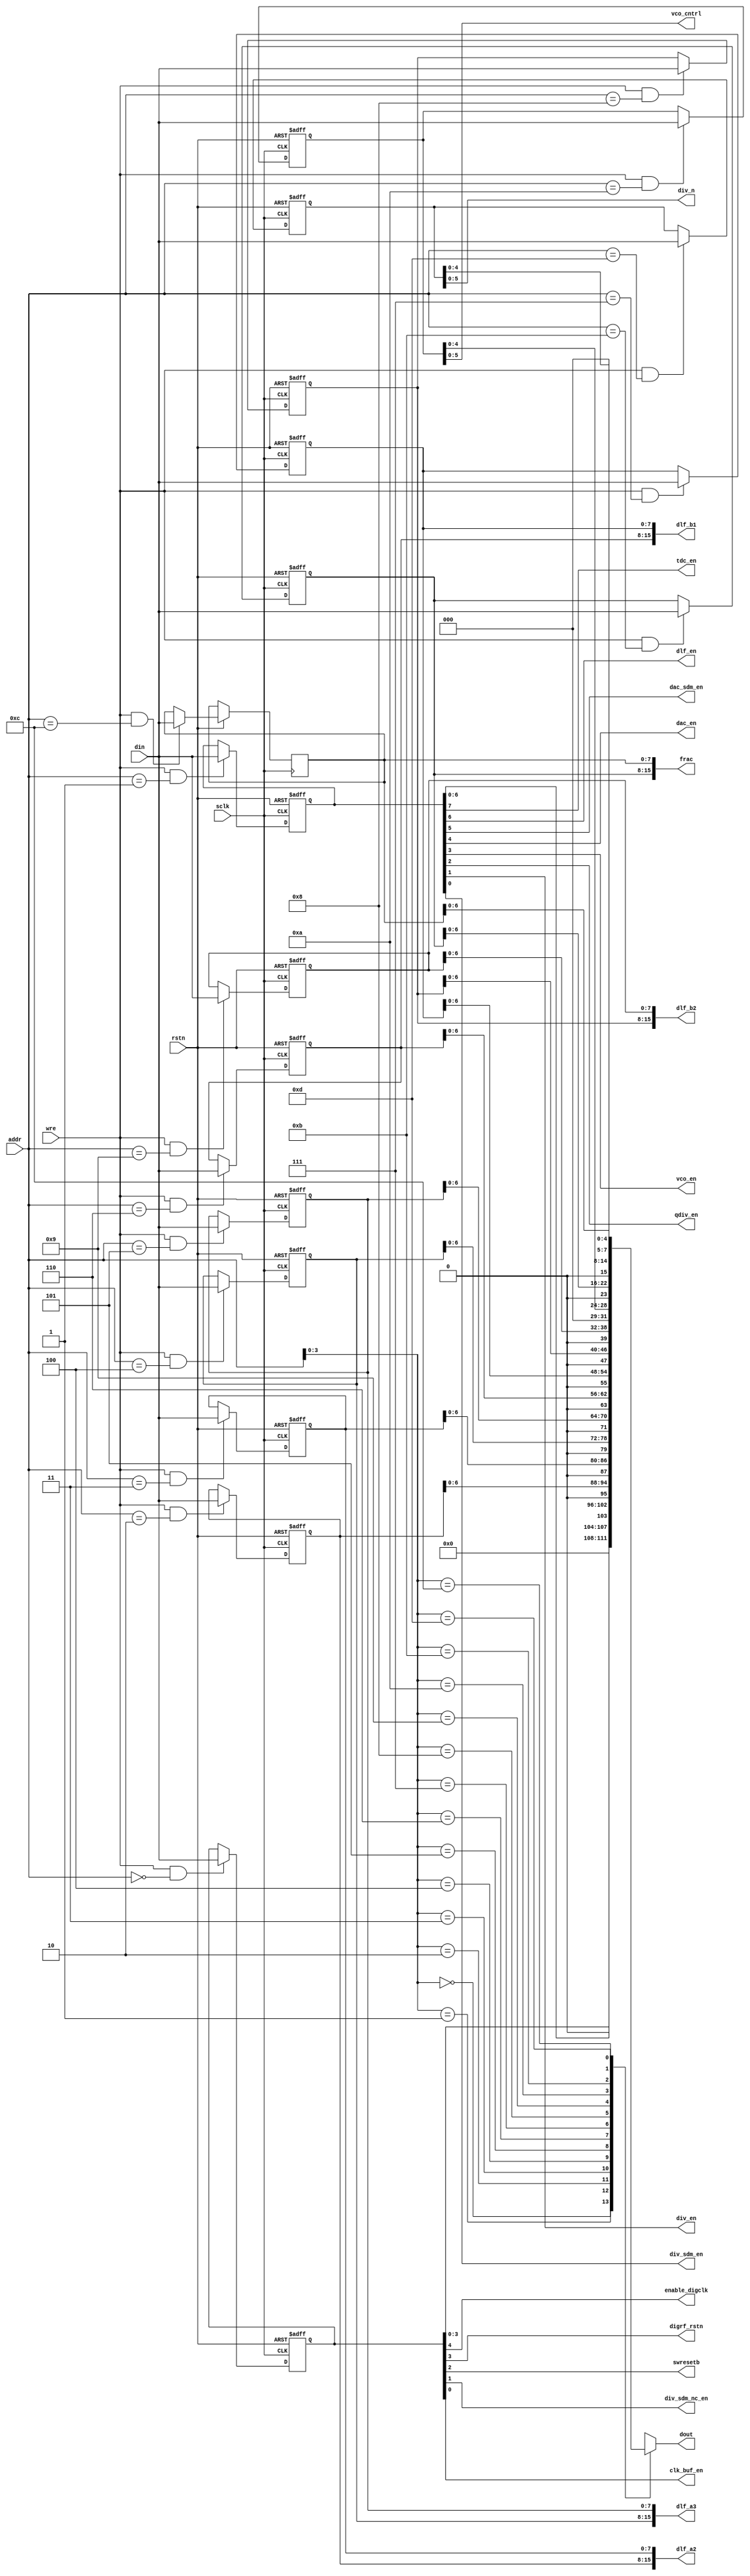
//                              -*- Mode: Verilog -*-
// Description     : register file
// Last Modified By: amr
// Update Count    : 0
// Status          : Unknown, Use with caution!

module regfile (/*AUTOARG*/
   // Outputs
   dout, enable_digclk, digrf_rstn, swresetb, div_sdm_nc_en,
   clk_buf_en, tdc_en, dlf_en, dac_sdm_en, dac_en, vco_en, qdiv_en,
   div_en, div_sdm_en, dlf_a2, dlf_a3, dlf_b1, dlf_b2, vco_cntrl,
   frac, div_n,
   // Inputs
   wre, sclk, rstn, addr, din
   ) ;
   input wre;
   input sclk;
   input rstn;
   input [7:0] addr;
   input [7:0] din;
   output [7:0] dout;   
   output      enable_digclk;
   output      digrf_rstn;
   output      swresetb;
   output      div_sdm_nc_en;
   output      clk_buf_en;
   output      tdc_en;
   output      dlf_en;
   output      dac_sdm_en;
   output      dac_en; 
   output      vco_en;   
   output      qdiv_en;
   output      div_en;
   output      div_sdm_en;
   output [15:0] dlf_a2;
   output [15:0] dlf_a3;
   output [15:0] dlf_b1;
   output [15:0] dlf_b2;
   output [5:0]  vco_cntrl;
   output [15:0] frac;
   output [5:0]  div_n;
   
 
   parameter regcount = 14;   
   parameter dflt_r0  = 8'h00;
   parameter dflt_r1  = 8'h00;
   parameter dflt_r2  = 8'h00;
   parameter dflt_r3  = 8'h00;
   parameter dflt_r4  = 8'h00;
   parameter dflt_r5  = 8'h00;
   parameter dflt_r6  = 8'h00;
   parameter dflt_r7  = 8'h00;
   parameter dflt_r8  = 8'h00;
   parameter dflt_r9  = 8'h00;
   parameter dflt_r10 = 8'h00;
   parameter dflt_r11 = 8'h00;
   parameter dflt_r12 = 8'h00;
   parameter dflt_r13 = 8'h00;
   
   reg [7:0] 	 regbank [13:0];
   wire [7:0] 	 dout_s [13:0];   
   wire [7:0] 	 dout_msk_s [13:0];

   //////////////////////
   //    Begin Body     /
   //////////////////////
   
   assign dout_msk_s[0]  = 8'b0001111;
   assign dout_msk_s[1]  = 8'b1111111;
   assign dout_msk_s[2]  = 8'b1111111;
   assign dout_msk_s[3]  = 8'b1111111;
   assign dout_msk_s[4]  = 8'b1111111;
   assign dout_msk_s[5]  = 8'b1111111;
   assign dout_msk_s[6]  = 8'b1111111;
   assign dout_msk_s[7]  = 8'b1111111;
   assign dout_msk_s[8]  = 8'b1111111;
   assign dout_msk_s[9]  = 8'b1111111;
   assign dout_msk_s[10] = 8'b0011111;
   assign dout_msk_s[11] = 8'b1111111;
   assign dout_msk_s[12] = 8'b1111111;
   assign dout_msk_s[13] = 8'b0011111;   
   

   genvar 	 i,j;
   generate
      for (i=0; i<regcount; i=i+1) begin : outer
	 for (j=0; j<8; j=j+1) begin : inner
	    assign dout_s[i][j] = (dout_msk_s[i][j] ==1'b1) ? regbank[i][j] : 1'b0;	    
	 end
      end
   endgenerate
   

   assign dout = dout_s[addr];
   
   
   integer ii;   
   always @(negedge sclk or negedge rstn) begin
      if (rstn==1'b0) begin
	 regbank[0] <= dflt_r0;
	 regbank[1] <= dflt_r1;
	 regbank[2] <= dflt_r2;
	 regbank[3] <= dflt_r3;
	 regbank[4] <= dflt_r4;
	 regbank[5] <= dflt_r5;
	 regbank[6] <= dflt_r6;
	 regbank[7] <= dflt_r7;
	 regbank[8] <= dflt_r8;
	 regbank[9] <= dflt_r9;
	 regbank[10] <= dflt_r10;
	 regbank[11] <= dflt_r11;
	 regbank[13] <= dflt_r13;	 
      end
      else begin
	 for (ii=0; ii<regcount; ii=ii+1) begin
	    if (wre==1'b1 && addr==ii) begin
	       regbank[ii] <= din;	       
	    end
	 end
      end // else: !if(rstn==1'b0)      
   end // always @ (posedge sclk or negedge rstn)
   
   
   assign enable_digclk = regbank[0][4];
   assign digrf_rstn = regbank[0][3];
   assign swresetb = regbank[0][2];
   assign div_sdm_nc_en = regbank[0][1];
   assign clk_buf_en = regbank[0][0];

   assign tdc_en     = regbank[1][7];
   assign dlf_en     = regbank[1][6];
   assign dac_sdm_en = regbank[1][5];
   assign dac_en     = regbank[1][4];
   assign vco_en     = regbank[1][3];
   assign qdiv_en    = regbank[1][2];
   assign div_en     = regbank[1][1];
   assign div_sdm_en = regbank[1][0];

   assign dlf_a2    = {regbank[2], regbank[3]};
   assign dlf_a3    = {regbank[4], regbank[5]};
   assign dlf_b1    = {regbank[6], regbank[7]};
   assign dlf_b2    = {regbank[8], regbank[9]};
   assign vco_cntrl = regbank[10];
   assign frac      = {regbank[11], regbank[12]};
   assign div_n     = regbank[13];
  
endmodule // regfile